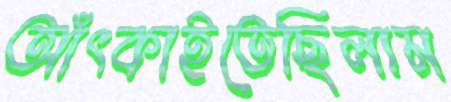
আঁৎকাইতেছিলাম